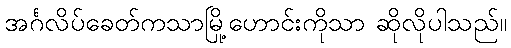
အင်္ဂလိပ်ခေတ်ကသာမြို့ဟောင်းကိုသာ ဆိုလိုပါသည်။